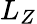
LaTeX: L_{Z}